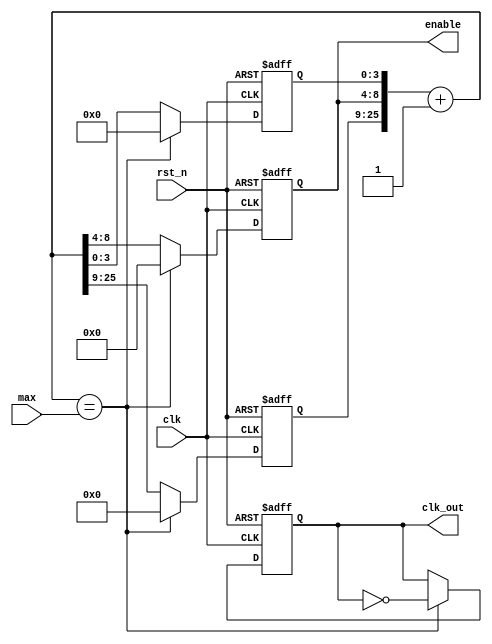
`timescale 1ns / 1ps
//////////////////////////////////////////////////////////////////////////////////
// Company: 
// Engineer: 
// 
// Design Name: 
// Module Name: fre_divider
// Project Name: 
// Target Devices: 
// Tool Versions: 
// Description: 
// 
// Dependencies: 
// 
// Revision:
// Revision 0.01 - File Created
// Additional Comments:
// 
//////////////////////////////////////////////////////////////////////////////////

module fre_divider (clk, rst_n, max, clk_out, enable);
input clk, rst_n;
input [25:0] max;
output reg clk_out;
output reg [4:0] enable;
reg [3:0] count1;
reg [16:0] count2;

always@(posedge clk or negedge rst_n)
if (~rst_n)
begin
    {count2, enable, count1} = 26'b0;
    clk_out = 1'b0;
end
else 
begin
    {count2, enable, count1} = {count2, enable, count1} + 26'b1;
    if ({count2, enable, count1} == max)
    begin
        {count2, enable, count1} = 26'b0;
        clk_out = ~clk_out;
    end
end

endmodule